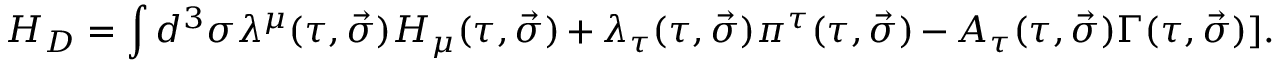
H _ { D } = \int d ^ { 3 } \sigma \lambda ^ { \mu } ( \tau , \vec { \sigma } ) { \cal H } _ { \mu } ( \tau , \vec { \sigma } ) + \lambda _ { \tau } ( \tau , \vec { \sigma } ) \pi ^ { \tau } ( \tau , \vec { \sigma } ) - A _ { \tau } ( \tau , \vec { \sigma } ) \Gamma ( \tau , \vec { \sigma } ) ] .